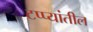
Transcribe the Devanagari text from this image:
टप्प्यांतील